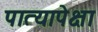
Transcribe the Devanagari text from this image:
पात्यापेक्षा